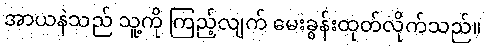
အာယနဲသည် သူ့ကို ကြည့်လျက် မေးခွန်းထုတ်လိုက်သည်။